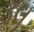
ડલ